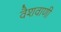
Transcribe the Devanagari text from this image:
वैशवाणी